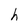
Character: h